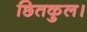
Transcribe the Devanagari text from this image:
छितकुल।